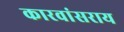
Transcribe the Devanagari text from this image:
कारवांसराय